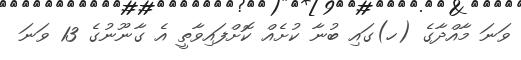
ވަނަ މާއްދާގެ (ހ)ގައި ބުނާ ކުށެއް ކޮށްފައިވާތީ އެ ގާނޫނުގެ 13 ވަނަ